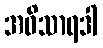
အဝိသာရဒါ